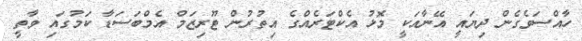
ހާއްސަވެގެން ދިޔައީ އޭނާއަކީ މޮޅު އެކްޓަރެއްގެ އިތުރުން ޓޫރިޒަމް އެމްބަސަޑާ ކަމުގައި ވާތީ